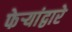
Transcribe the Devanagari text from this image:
फेर्‍यांद्वारे